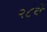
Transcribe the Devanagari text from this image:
२८वें